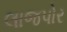
લાજપોર